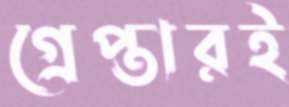
গ্রেপ্তারই